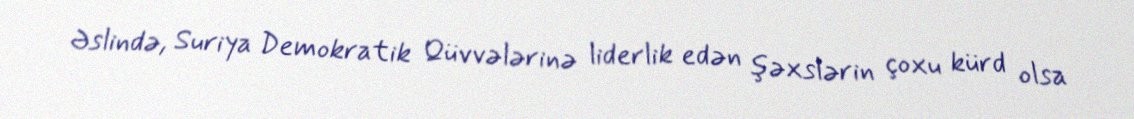
Əslində, Suriya Demokratik Qüvvələrinə liderlik edən şəxslərin çoxu kürd olsa